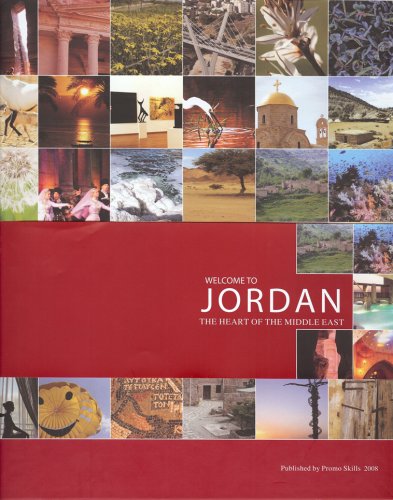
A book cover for Welcome to Jordon; Luma Masri; Travel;